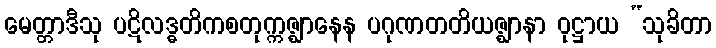
မေတ္တာဒီသု ပဋိလဒ္ဓတိကစတုက္ကဇ္ဈာနေန ပဂုဏတတိယဇ္ဈာနာ ဝုဋ္ဌာယ “သုခိတာ